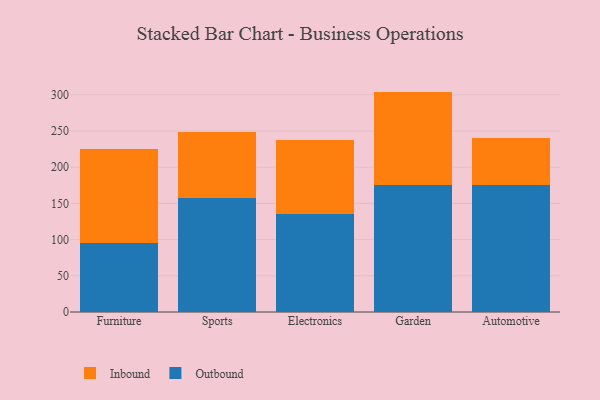
{"axis": {"x": "Category", "y": "Budget (USD K)"}, "legend": ["Inbound", "Outbound"], "data": [{"x": "Furniture", "y": 95.2, "type": "Outbound"}, {"x": "Furniture", "y": 129.6, "type": "Inbound"}, {"x": "Sports", "y": 157.6, "type": "Outbound"}, {"x": "Sports", "y": 90.4, "type": "Inbound"}, {"x": "Electronics", "y": 135.4, "type": "Outbound"}, {"x": "Electronics", "y": 102.4, "type": "Inbound"}, {"x": "Garden", "y": 175.9, "type": "Outbound"}, {"x": "Garden", "y": 128.5, "type": "Inbound"}, {"x": "Automotive", "y": 176.1, "type": "Outbound"}, {"x": "Automotive", "y": 64.8, "type": "Inbound"}]}